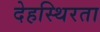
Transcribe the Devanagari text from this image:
देहस्थिरता